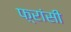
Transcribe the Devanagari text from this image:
फ़्रांसी